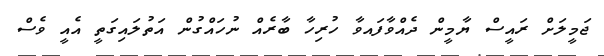
ޖަމީލަށް ރައީސް ޔާމީން ދެއްވާފައވާ ހުރިހާ ބާރެއް ނުހައްގުން އަތުލައިގަތީ އެއީ ވެސް